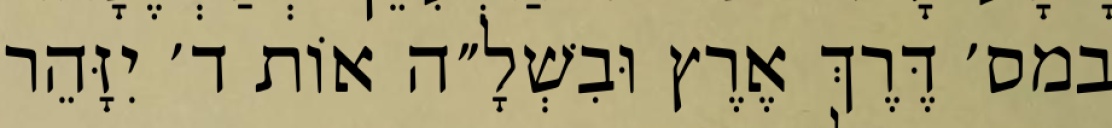
במס׳ דֶּרֶךְ אֶרֶץ וּבִשְׁלָ״ה אוֹת ד׳ יִזָּהֵר